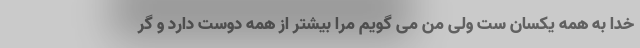
خدا به همه یکسان ست ولی من می گویم مرا بیشتر از همه دوست دارد و گر